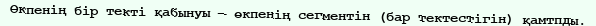
Өкпенің бір текті қабынуы — өкпенің сегментін (бар тектестігін) қамтпды.